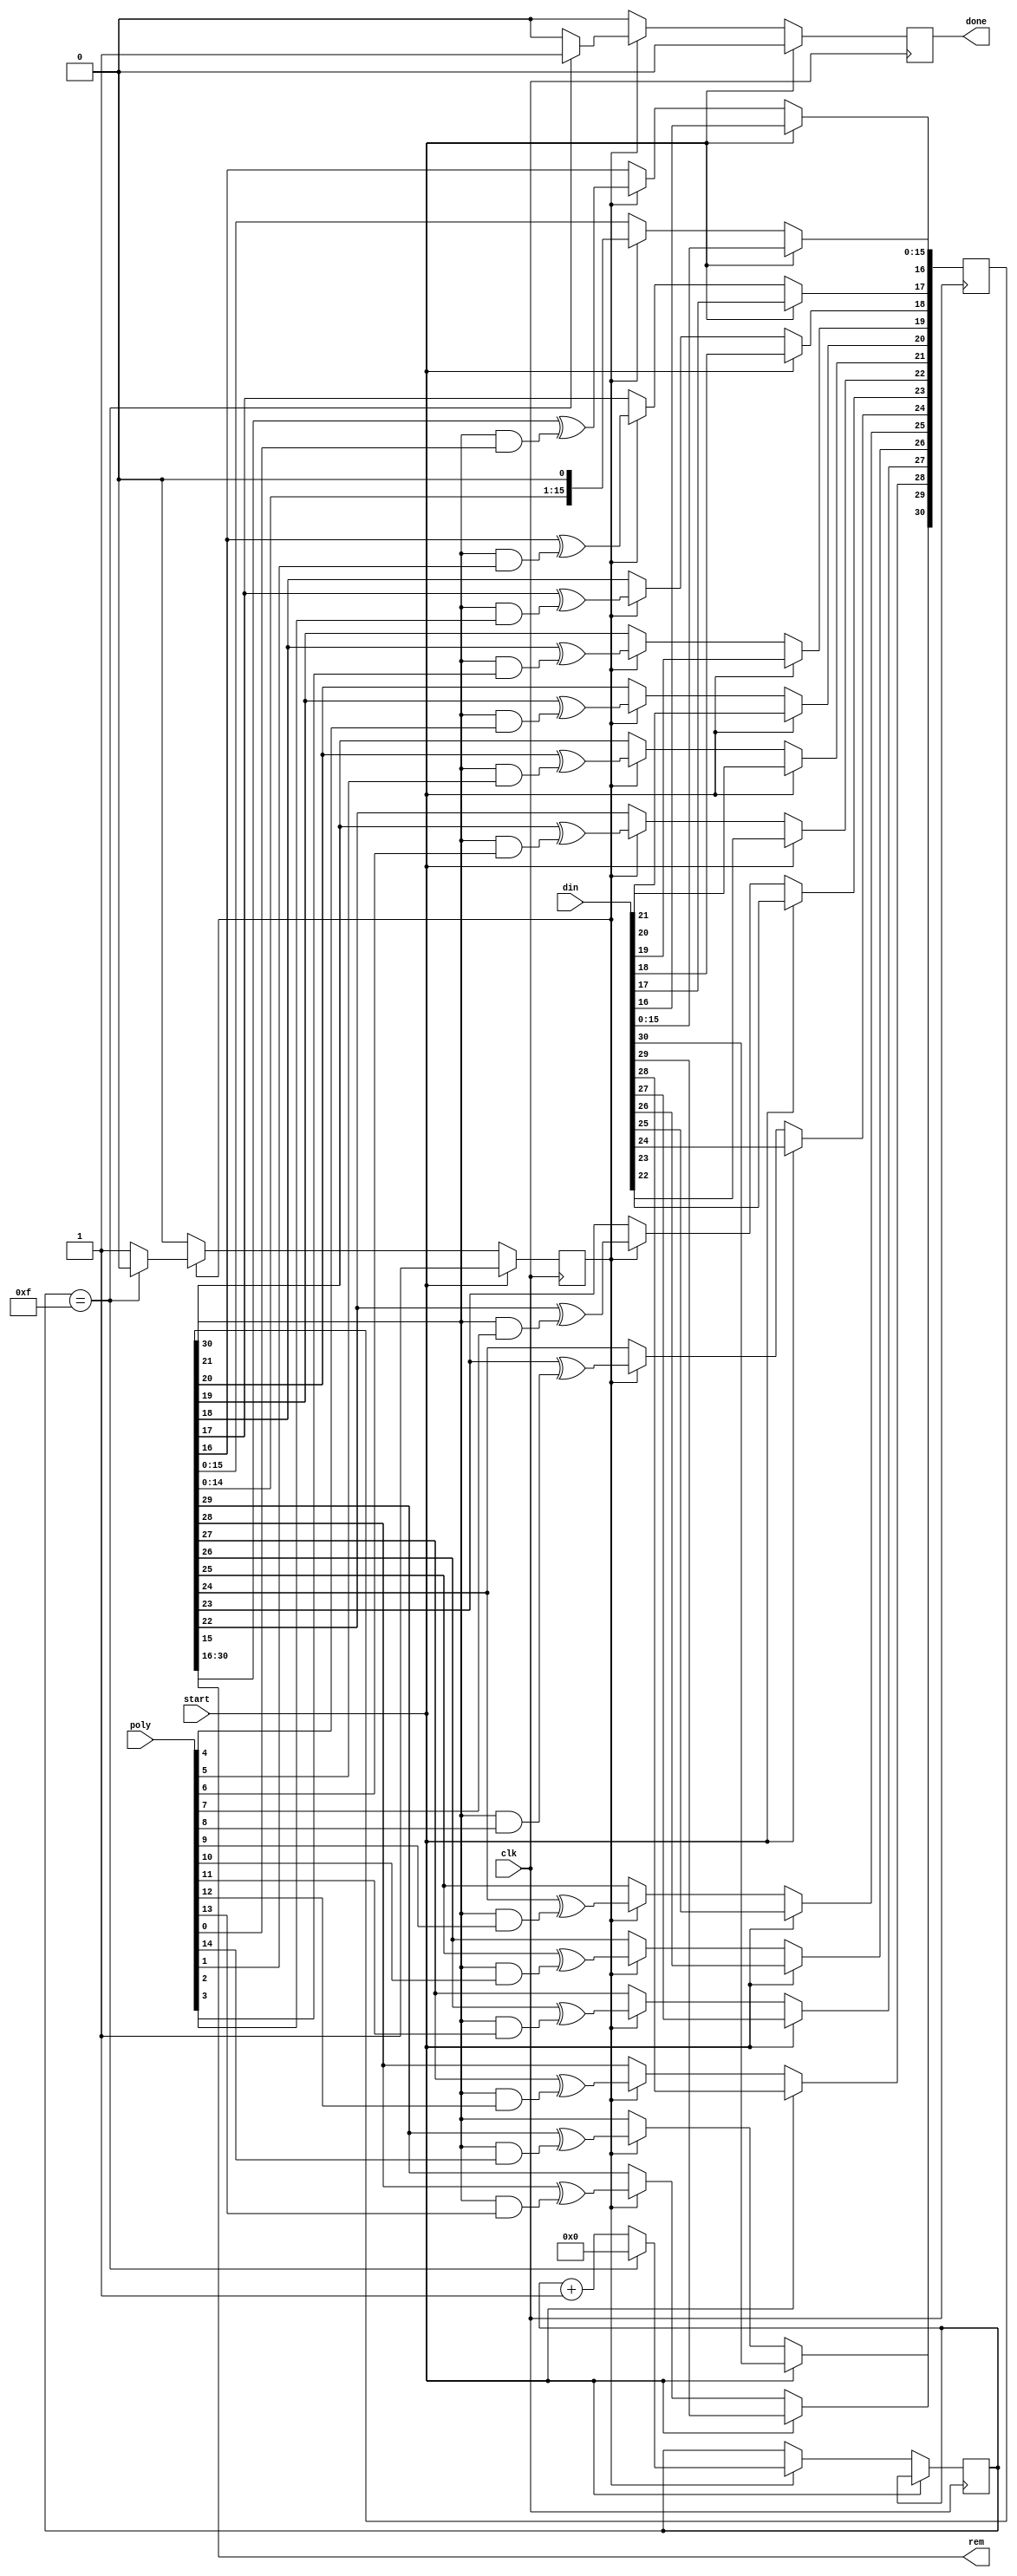
`timescale 1ns / 1ps
/***********************************************************************************************************************
*                                                                                                                      *
* ANTIKERNEL v0.1                                                                                                      *
*                                                                                                                      *
* Copyright (c) 2012-2016 Andrew D. Zonenberg                                                                          *
* All rights reserved.                                                                                                 *
*                                                                                                                      *
* Redistribution and use in source and binary forms, with or without modification, are permitted provided that the     *
* following conditions are met:                                                                                        *
*                                                                                                                      *
*    * Redistributions of source code must retain the above copyright notice, this list of conditions, and the         *
*      following disclaimer.                                                                                           *
*                                                                                                                      *
*    * Redistributions in binary form must reproduce the above copyright notice, this list of conditions and the       *
*      following disclaimer in the documentation and/or other materials provided with the distribution.                *
*                                                                                                                      *
*    * Neither the name of the author nor the names of any contributors may be used to endorse or promote products     *
*      derived from this software without specific prior written permission.                                           *
*                                                                                                                      *
* THIS SOFTWARE IS PROVIDED BY THE AUTHORS "AS IS" AND ANY EXPRESS OR IMPLIED WARRANTIES, INCLUDING, BUT NOT LIMITED   *
* TO, THE IMPLIED WARRANTIES OF MERCHANTABILITY AND FITNESS FOR A PARTICULAR PURPOSE ARE DISCLAIMED. IN NO EVENT SHALL *
* THE AUTHORS BE HELD LIABLE FOR ANY DIRECT, INDIRECT, INCIDENTAL, SPECIAL, EXEMPLARY, OR CONSEQUENTIAL DAMAGES        *
* (INCLUDING, BUT NOT LIMITED TO, PROCUREMENT OF SUBSTITUTE GOODS OR SERVICES; LOSS OF USE, DATA, OR PROFITS; OR       *
* BUSINESS INTERRUPTION) HOWEVER CAUSED AND ON ANY THEORY OF LIABILITY, WHETHER IN CONTRACT, STRICT LIABILITY, OR TORT *
* (INCLUDING NEGLIGENCE OR OTHERWISE) ARISING IN ANY WAY OUT OF THE USE OF THIS SOFTWARE, EVEN IF ADVISED OF THE       *
* POSSIBILITY OF SUCH DAMAGE.                                                                                          *
*                                                                                                                      *
***********************************************************************************************************************/

/**
	@file
	@author Andrew D. Zonenberg
	@brief GF(2^n) mod
	
	Operation:
		Load din/poly, assert start
		Wait for done to go high, do not change poly
		Rem is valid the cycle done goes high
 */
module GF2NMod(
	clk,
	start, din, poly,
	done, rem
	);

	////////////////////////////////////////////////////////////////////////////////////////////////////////////////////
	// I/O declarations
	
	parameter data_bits = 16;
	parameter poly_bits = 15;
	
	input wire clk;
	input wire start;
	
	localparam shregbits = data_bits + poly_bits;
	
	input wire[shregbits-1 : 0] din;
	input wire[poly_bits-1 : 0] poly;
	
	output reg done = 0;
	output wire[14:0] rem;
	
	////////////////////////////////////////////////////////////////////////////////////////////////////////////////////
	// Core LFSR logic
	
	reg[shregbits-1 : 0] shreg = 0;
	assign rem = shreg[shregbits-1 : data_bits];
	
	reg active = 0;
	reg[7:0] count = 0;
	integer i;
	
	//Zero-pad poly at left with one bit for loop convenience
	wire[poly_bits:0] padded_poly;
	assign padded_poly = {1'b0, poly};
		
	always @(posedge clk) begin
		
		done <= 0;
		
		if(start) begin
			shreg <= din;
			active <= 1;
		end
		
		else if(active) begin

			//The actual LFSR
			shreg[data_bits-1:0] <= {shreg[data_bits-2:0], 1'b0};			
			for(i = data_bits; i < shregbits; i = i+1)			
				shreg[i] <= shreg[i - 1] ^ (shreg[shregbits-1] & padded_poly[i-data_bits]);

			//Done yet?
			count <= count + 8'h1;
			if(count == poly_bits) begin
				active <= 0;
				done <= 1;
				count <= 0;
			end
		end
		
	end

endmodule